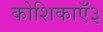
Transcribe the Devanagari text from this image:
कोशिकाएँ३